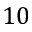
1 0